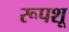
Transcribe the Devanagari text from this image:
रूपशू